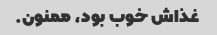
غذاش خوب بود، ممنون.